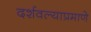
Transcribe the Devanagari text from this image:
दर्शवल्याप्रमाणे